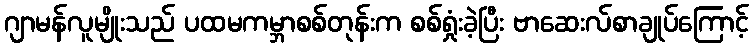
ဂျာမန်လူမျိုးသည် ပထမကမ္ဘာစစ်တုန်းက စစ်ရှုံးခဲ့ပြီး ဗာဆေးလ်စာချုပ်ကြောင့်